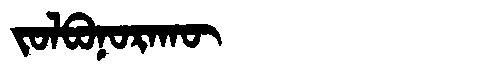
Manchu: ᠵᠣᠯᠪᠣᠨᠣᡵᠠᡴᡡ
Romanization: JOLBONORAKŪ